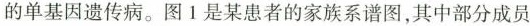
的单基因遗传病。图1是某患者的家族系谱图，其中部分成员